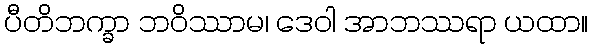
ပီတိဘက္ခာ ဘဝိဿာမ၊ ဒေဝါ အာဘဿရာ ယထာ။